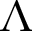
\Lambda